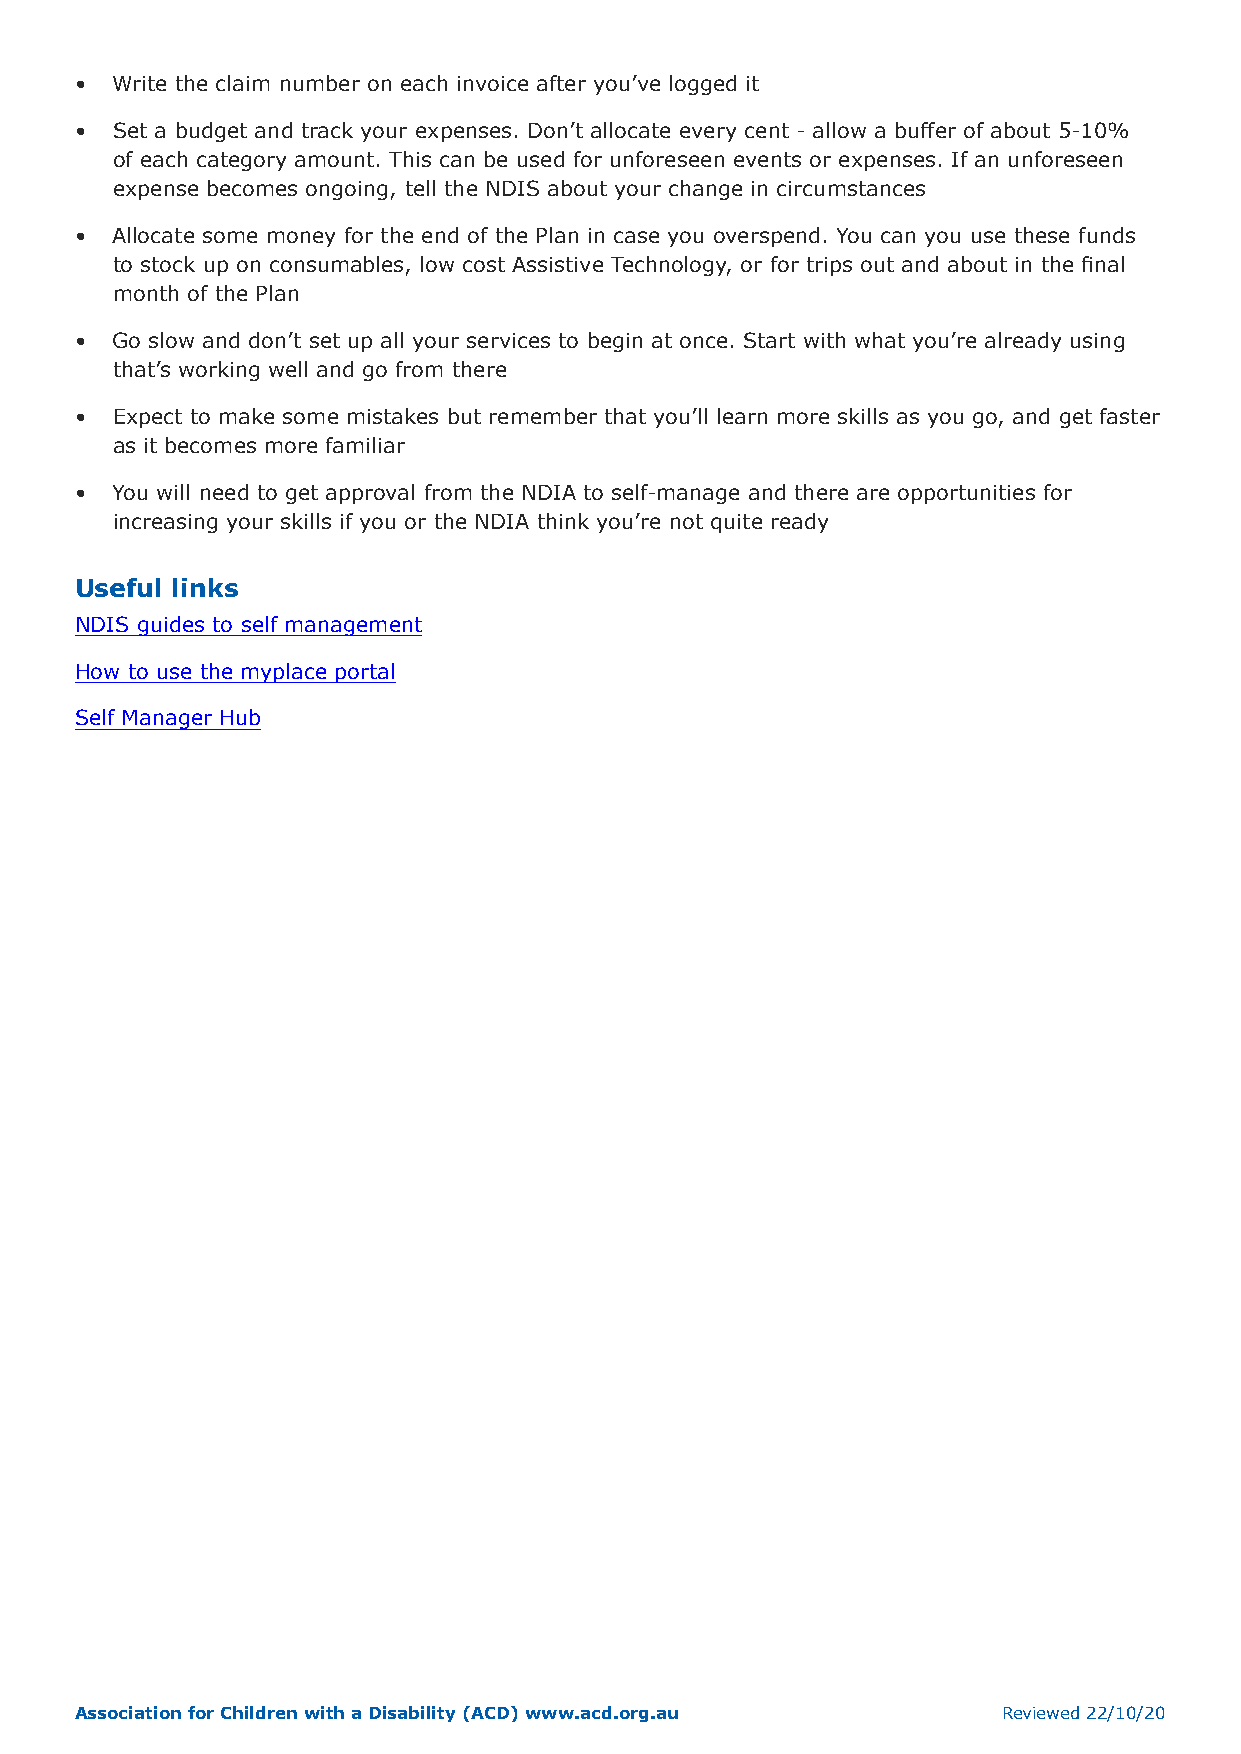
• Write the claim number on each invoice after you’ve logged it
 • Set a budget and track your expenses. Don’t allocate every cent - allow a buffer of about 5-10%
 of each category amount. This can be used for unforeseen events or expenses. If an unforeseen
 expense becomes ongoing, tell the NDIS about your change in circumstances
 • Allocate some money for the end of the Plan in case you overspend. You can you use these funds
 to stock up on consumables, low cost Assistive Technology, or for trips out and about in the final
 month of the Plan
 • Go slow and don’t set up all your services to begin at once. Start with what you’re already using
 that’s working well and go from there
 • Expect to make some mistakes but remember that you’ll learn more skills as you go, and get faster
 as it becomes more familiar
 • You will need to get approval from the NDIA to self-manage and there are opportunities for
 increasing your skills if you or the NDIA think you’re not quite ready
 Useful links
 NDIS guides to self management
 How to use the myplace portal
 Self Manager Hub
 Association for Children with a Disability (ACD) www.acd.org.au Reviewed 22/10/20